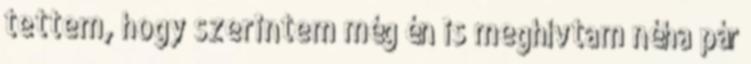
tettem, hogy szerintem még én is meghívtam néha pár